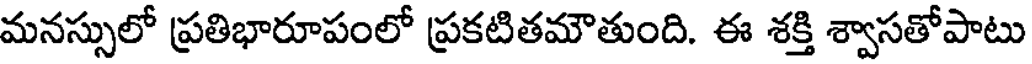
మనస్సులో ప్రతిభారూపంలో ప్రకటితమౌతుంది. ఈ శక్తి శ్వాసతోపాటు